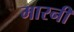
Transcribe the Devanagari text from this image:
मारनी